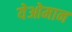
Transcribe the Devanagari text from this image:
येओमान